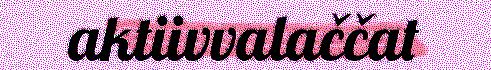
aktiivvalaččat